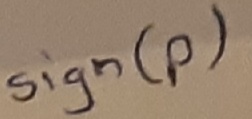
Text: sign(p)